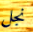
نجل